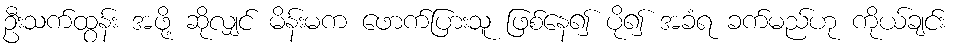
ဦးသက်ထွန်း အဖို့ ဆိုလျှင် မိန်းမက ဖောက်ပြားသူ ဖြစ်နေ၍ ပို၍ အခံရ ခက်မည်ဟု ကိုယ်ချင်း